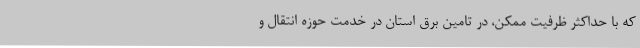
که با حداکثر ظرفیت ممکن، در تامین برق استان در خدمت حوزه انتقال و